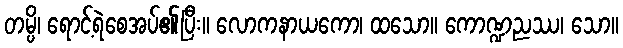
တမ္ပိ၊ ရောင့်ရဲစေအပ်၏ပြီး။ လောကနာယကော၊ ထသော။ ကောဏ္ဍညဿ၊ သော။